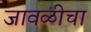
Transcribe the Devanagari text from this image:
जावळीचा